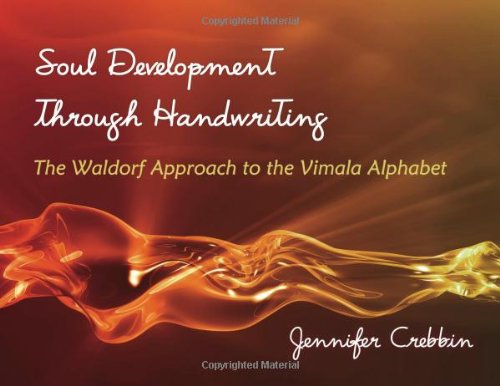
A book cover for Soul Development Through Handwriting: The Waldorf Approach to the Vimala Alphabet; Jennifer Crebbin; Self-Help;